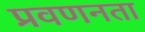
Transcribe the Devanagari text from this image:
प्रवणनता